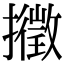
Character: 𢷸